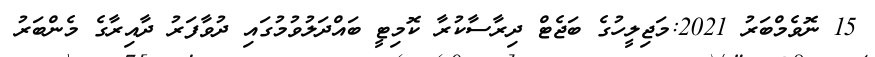
15 ނޮވެމްބަރު 2021:މަޖިލީހުގެ ބަޖެޓް ދިރާސާކުރާ ކޮމިޓީ ބައްދަލުވުމުގައި ދުވާފަރު ދާއިރާގެ މެންބަރު